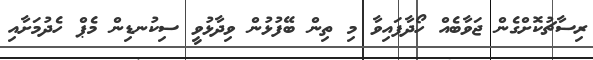
ރިސާޗުކޮށްގެން ޖަވާބެއް ހޯދާފައިވާ މި ތިން ބޭފުޅުން ވިދާޅުވީ ސިކުނޑިން މެޕް ހެދުމަށާއި